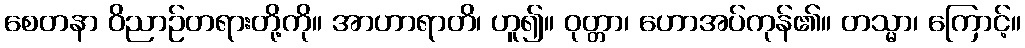
စေတနာ ဝိညာဉ်တရားတို့ကို။ အာဟာရာတိ၊ ဟူ၍။ ဝုတ္တာ၊ ဟောအပ်ကုန်၏။ တသ္မာ၊ ကြောင့်။